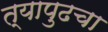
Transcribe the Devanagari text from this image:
त्यापुढचा